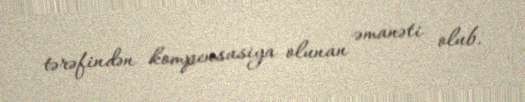
tərəfindən kompensasiya olunan əmanəti olub.